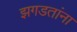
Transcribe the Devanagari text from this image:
झगडतांना